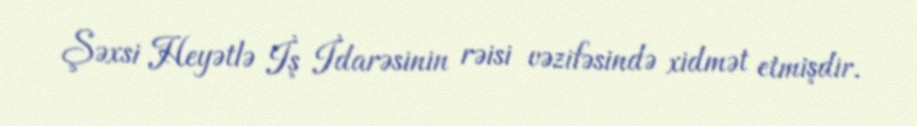
Şəxsi Heyətlə İş İdarəsinin rəisi vəzifəsində xidmət etmişdir.